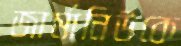
জার্মানিউকে